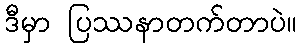
ဒီမှာ ပြဿနာတက်တာပဲ။